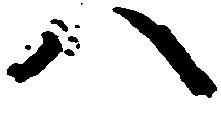
八